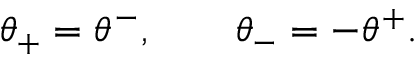
\theta _ { + } = \theta ^ { - } , \qquad \theta _ { - } = - \theta ^ { + } .